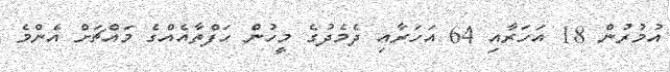
އުމުރުން 18 އަހަރާއި 64 އަހަރާއި ދެމެދުގެ މީހުން ހަފްތާއެއްގެ މައްޗަށް އެންމެ